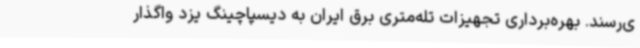
ی‌رسند. بهره‌برداری تجهیزات تله‌متری برق ایران به دیسپاچینگ یزد واگذار